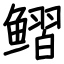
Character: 鳛